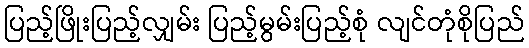
ပြည့်ဖြိုးပြည့်လျှမ်း ပြည့်မွမ်းပြည့်စုံ လျင်တုံစိုပြည်